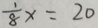
\frac { 1 } { 8 } x = 2 0